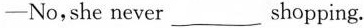
—No,she never___shopping.